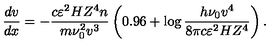
\qquad \qquad \qquad \qquad \qquad \frac { d v } { d x } = - \frac { c \varepsilon ^ { 2 } H Z ^ { 4 } n } { m \nu _ { 0 } ^ { 2 } v ^ { 3 } } \left( { 0 . 9 6 + \log \frac { h \nu _ { 0 } v ^ { 4 } } { 8 \pi c \varepsilon ^ { 2 } H Z ^ { 4 } } } \right) . \qquad \qquad \qquad \qquad ( 1 7 ^ { \prime } )